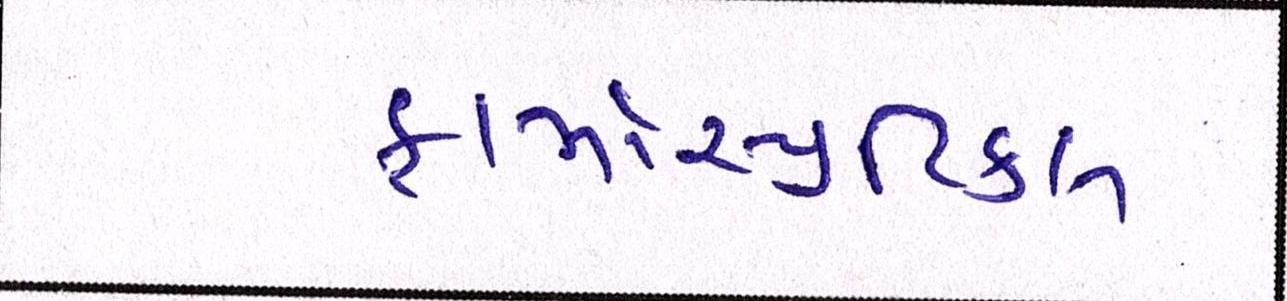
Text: ફાર્માસ્યુટિકલ